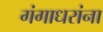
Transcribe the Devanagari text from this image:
गंगाधरांना